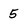
Character: 5